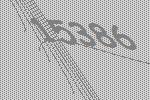
15386